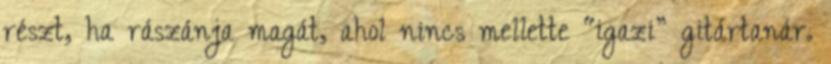
részt, ha rászánja magát, ahol nincs mellette “igazi” gitártanár.